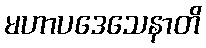
မဟာပဒေသေနာတိ